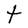
Character: t